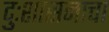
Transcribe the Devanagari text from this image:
दुःशासनाचा